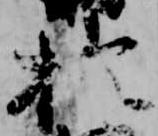
於